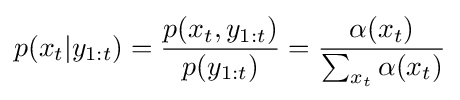
p(x_{t}|y_{1:t})={\frac {p(x_{t},y_{1:t})}{p(y_{1:t})}}={\frac {\alpha (x_{t})}{\sum _{x_{t}}\alpha (x_{t})}}